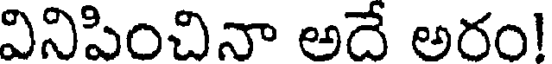
వినిపించినా అదే అరం!